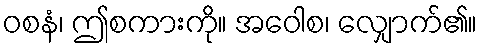
ဝစနံ၊ ဤစကားကို။ အဝေါစ၊ လျှောက်၏။